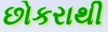
છોકરાથી